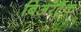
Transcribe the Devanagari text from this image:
बिअरट्रैक